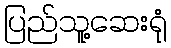
ပြည်သူ့ဆေးရုံ